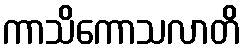
ကာသိကောသလာတိ